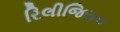
રિલીજિયન